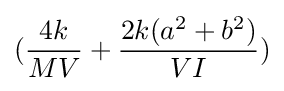
({\frac {4k}{MV}}+{\frac {2k(a^{2}+b^{2})}{VI}})